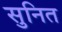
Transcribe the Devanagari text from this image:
सुनित